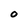
Character: 0